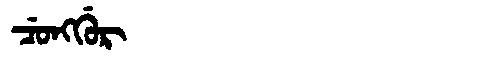
Manchu: ᠴᡠᠩᡤᡠᡵ
Romanization: CUNGGUR